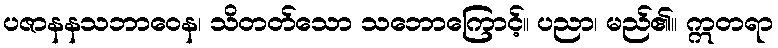
ပဇာနနသဘာဝေန၊ သိတတ်သော သဘောကြောင့်။ ပညာ၊ မည်၏။ ဣတရာ